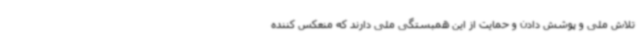
تلاش ملی و پوشش دادن و حمایت از این همبستگی ملی دارند که منعکس کننده